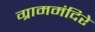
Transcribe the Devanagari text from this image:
ग्राममंदिरे